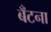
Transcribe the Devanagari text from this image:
बँटना